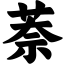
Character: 萘